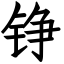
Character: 铮